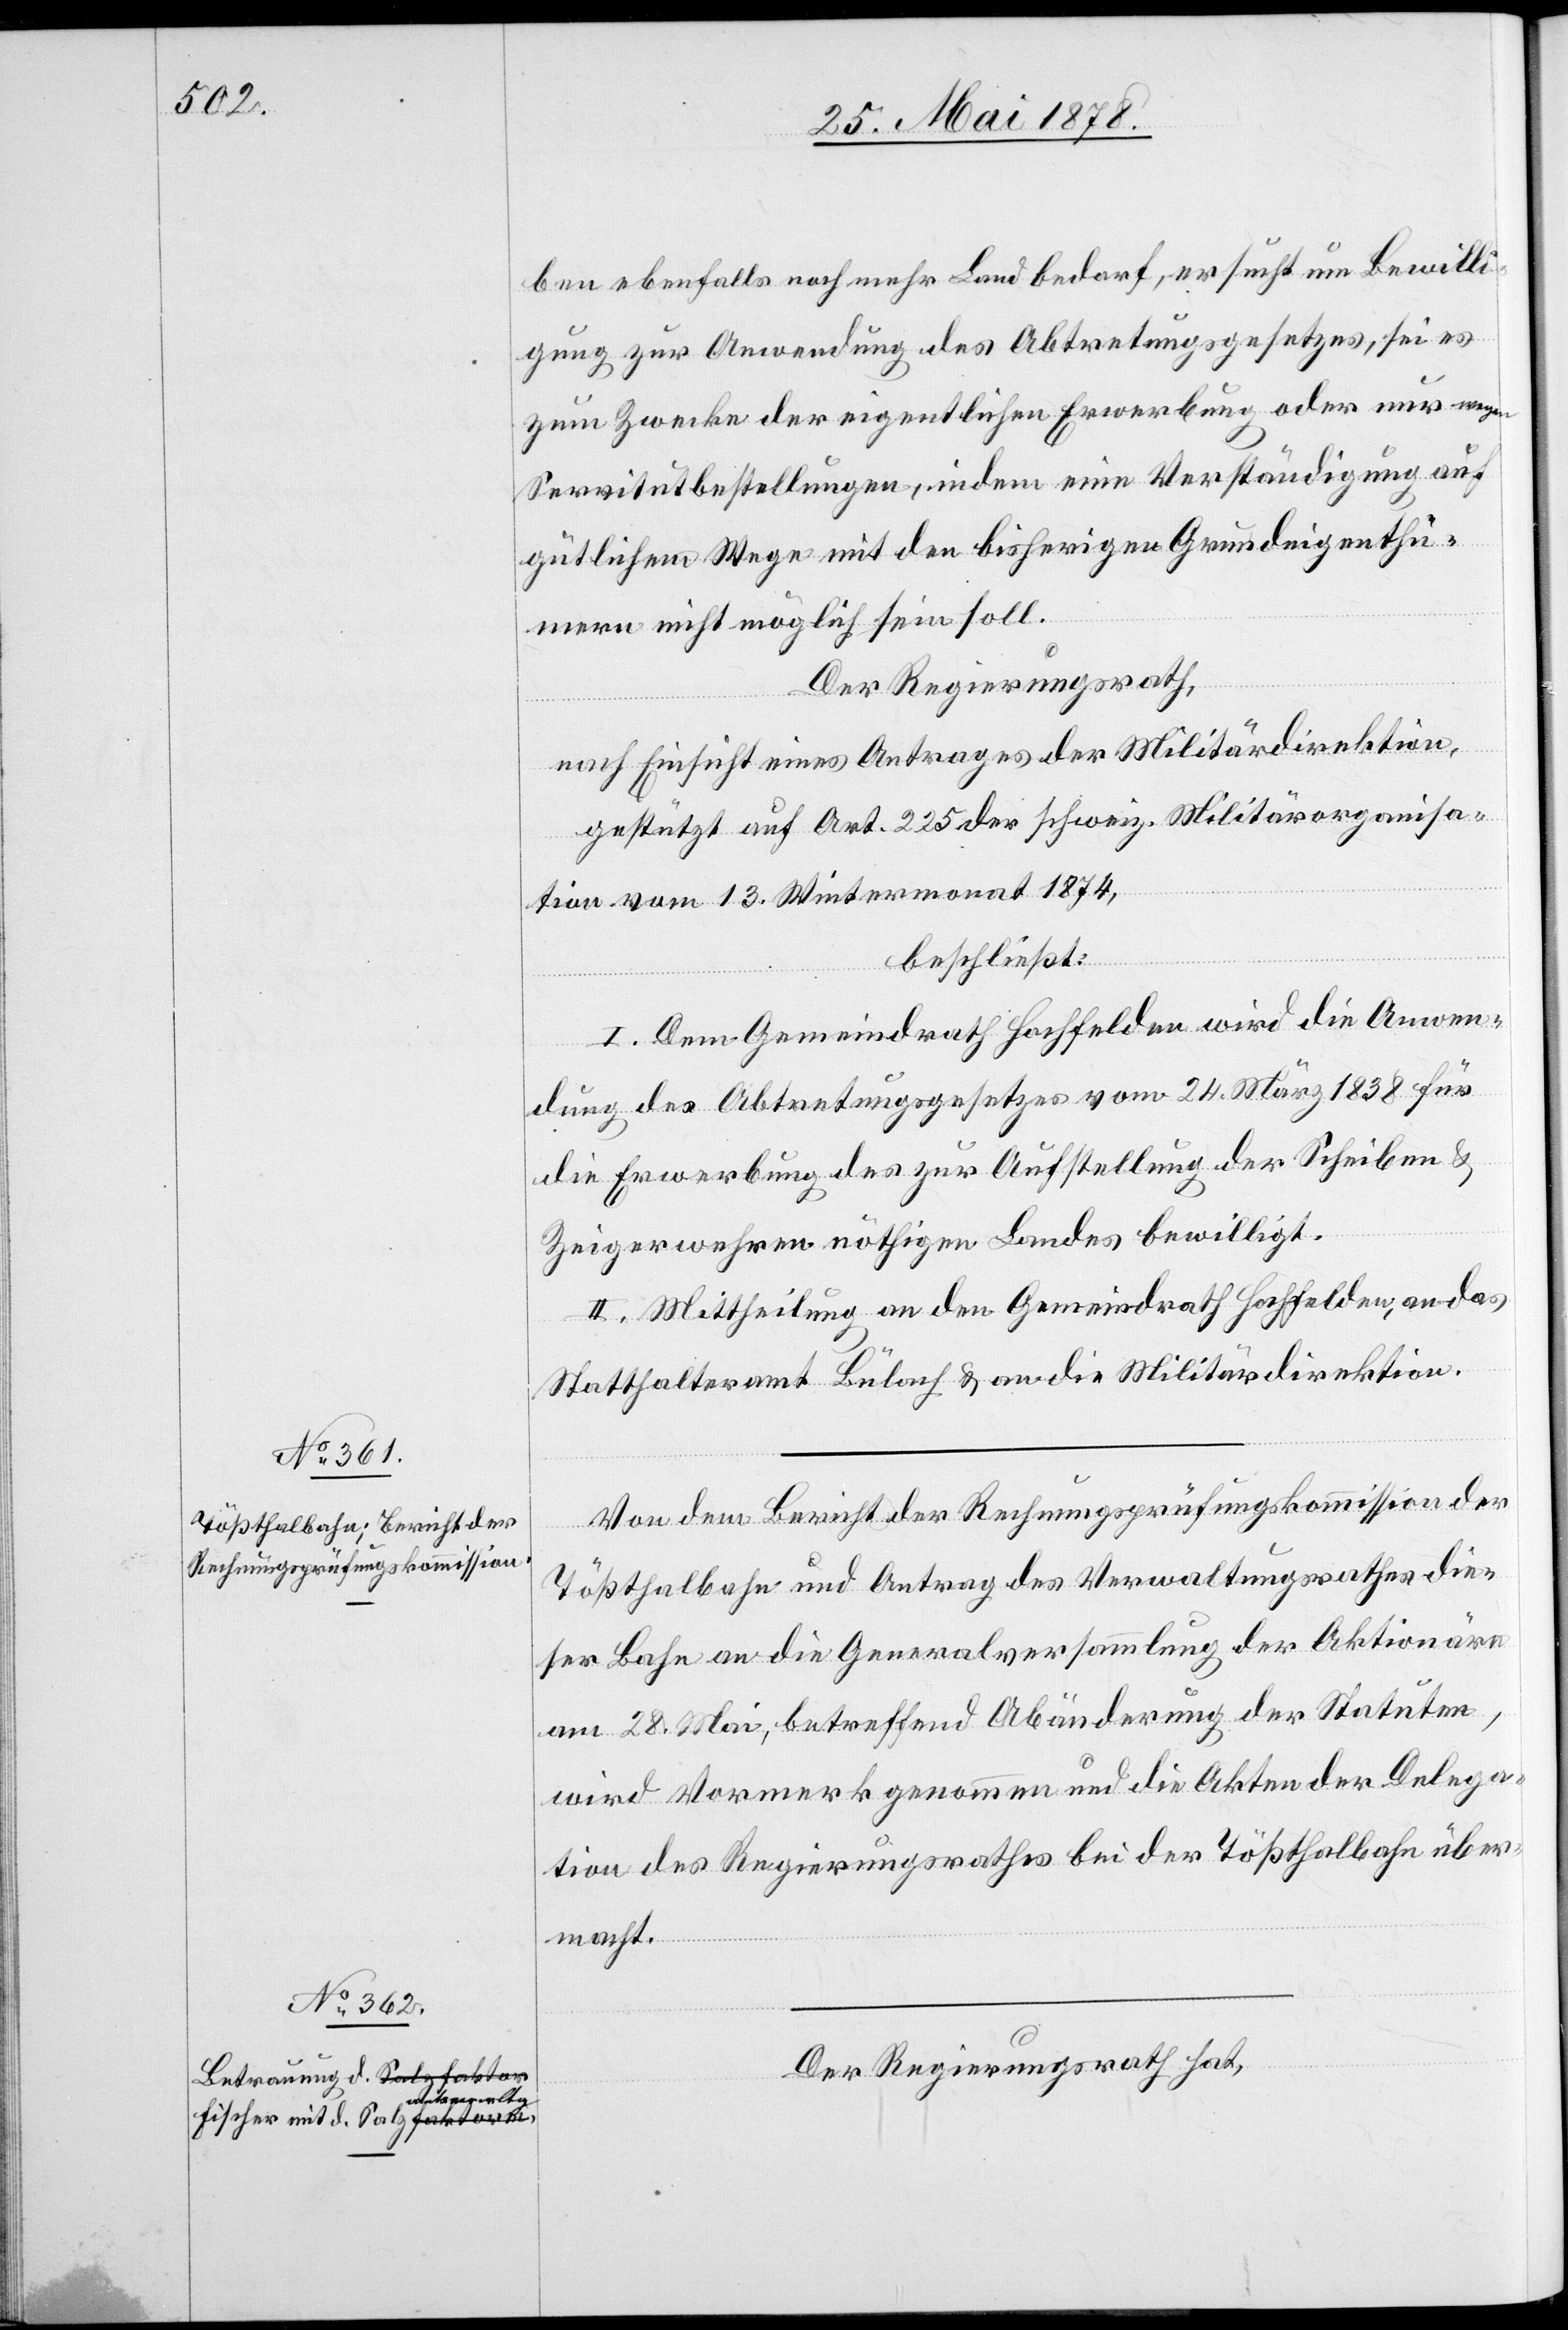
ben ebenfalls noch mehr Land bedarf, ersucht um Bewilli¬
gung zur Anwendung des Abtretungsgesetzes, sei es
zum Zwecke der eigentlichen Erwerbung oder nur wegen
Servitutbestellungen, indem eine Verständigung auf
gütlichem Wege mit den bisherigen Grundeigenthü¬
mern nicht möglich sein soll.
Der Regierungsrath,
nach Einsicht eines Antrages der Militärdirektion,
gestützt auf Art. 225 der schweiz. Militärorganisa¬
tion vom 13. Wintermonat 1874,
beschließt:
I. Dem Gemeindrath Hochfelden wird die Anwen¬
dung des Abtretungsgesetzes vom 24. März 1838 für
die Erwerbung des zur Aufstellung der Scheiben &
Zeigerwehren nöthigen Landes bewilligt.
II. Mittheilung an den Gemeindrath Hochfelden, an das
Statthalteramt Bülach & an die Militärdirektion.
Von dem Bericht der Regierungsprüfungskommission der
Tößthalbahn und Antrag des Verwaltungsrathes die¬
ser Bahn an die Generalversammlung der Aktionäre
am 28. Mai, betreffend Abänderung der Statuten,
wird Vormerk genommen und die Akten der Delega¬
tion des Regierungsrathes bei der Tößthalbahn über¬
macht.
Der Regierungsrath hat,